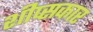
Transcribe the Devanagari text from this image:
शीप्सकार